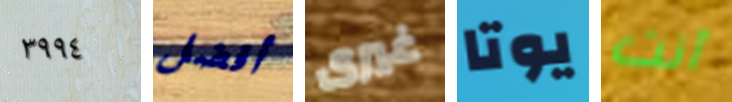
٣٩٩٤ أفضل غيرى يوتا أنت